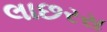
લાછરસ